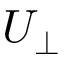
U _ { \perp }